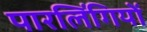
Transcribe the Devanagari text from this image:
पारलिंगियों